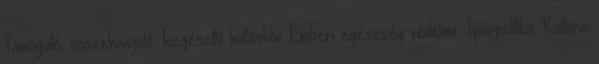
Támogató, összehangoló, kiegészítő hatáskör Emberi egészség védelme Iparpolitika Kultúra